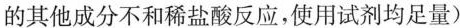
的其他成分不和稀盐酸反应，使用试剂均足量)